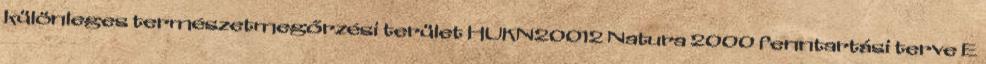
különleges természetmegőrzési terület HUKN20012 Natura 2000 fenntartási terve E